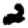
Digit: 2